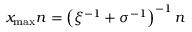
x _ { \mathrm { m a x } } n = \left( \xi ^ { - 1 } + \sigma ^ { - 1 } \right) ^ { - 1 } n